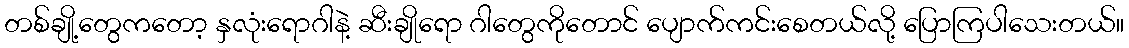
တစ်ချို့တွေကတော့ နှလုံးရောဂါနဲ့ ဆီးချိုရော ဂါတွေကိုတောင် ပျောက်ကင်းစေတယ်လို့ ပြောကြပါသေးတယ်။